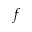
\boldsymbol { f }